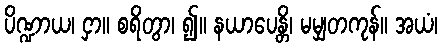
ပိဏ္ဍာယ၊ ငှာ။ စရိတွာ၊ ၍။ နယာပေန္တိ၊ မမျှတကုန်။ အယံ၊